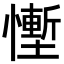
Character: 𪬷